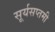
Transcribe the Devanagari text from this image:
सूर्यसप्तमी